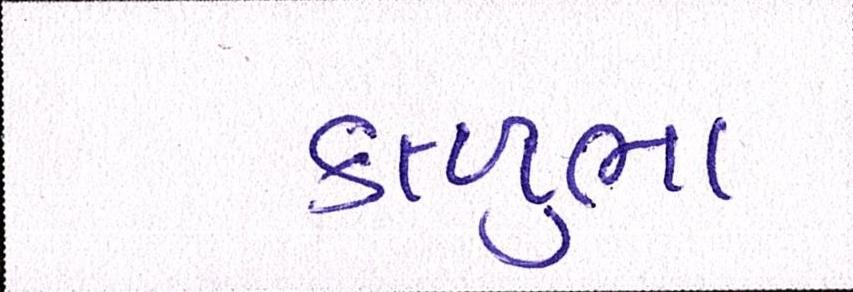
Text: કાળુભા